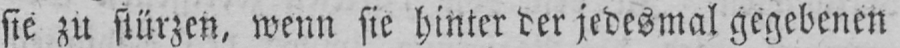
sie zu stürzen, wenn sie hinter der jedesmal gegebenen